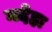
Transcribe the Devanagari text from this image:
नदेहा